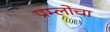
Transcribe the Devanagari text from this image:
प्रम्लोचा